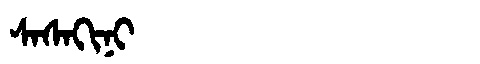
Manchu: ᠰᠠᠰᠠᡴᡳᠨᡳ
Romanization: SASAKINI